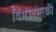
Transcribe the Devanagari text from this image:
विभज्योतकी